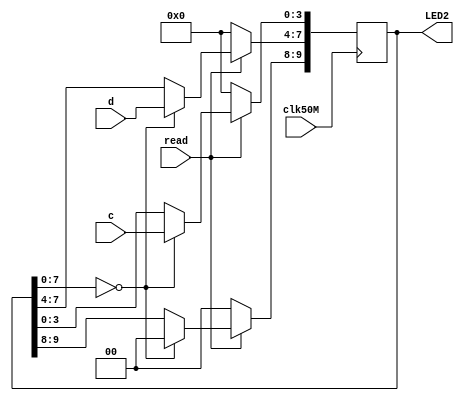
module LED_Decoder(c,d,read,clk50M,LED2);
	input [3:0]c;
	input [3:0]d;
	input read, clk50M;
	output reg [9:0]LED2;
	//Declare inputs and output.
	
	initial
		LED2[9:0] = 10'b0000000000;
	//Begin with all LEDs off.
	
	always@(posedge clk50M) begin
		if (read) begin
			if (LED2[7:0] == 8'b00000000) begin
				LED2[3:0] <= c[3:0];
				LED2[7:4] <= d[3:0];
				LED2[9:8] <= 2'b00;
			end
			//If the activation signal is on
			//and the LEDs are off, turn on
			//the LEDs based on the inupts.
			
			else
				LED2[9:0] <= LED2[9:0];
			//If the activation signal is on
			//and the LEDs are on, keep the
			//LEDs as they are.
		end
		
		else
			LED2[9:0] <= 10'b0000000000;
		//If the activation signal is off
		//turn off all LEDs.
	end
	
endmodule